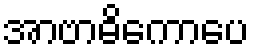
အာဗာဓိကောပေ